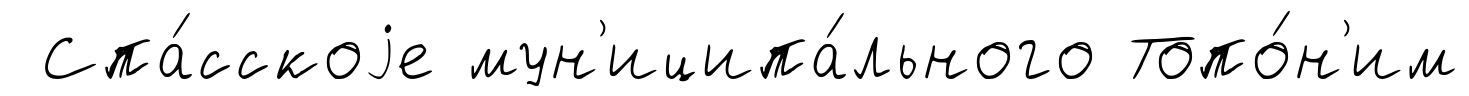
Спа́сскоjе мун'иципа́льного Топо́н'им